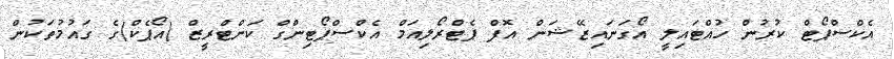
އެކްސްޕޯޓް ކުރުން ހުއްޓައިލީ އޯގަނައިޒޭޝަން އޮފް ޕެޓްރޯލިއަމް އެކްސްޕޯޓިންގް ކަންޓްރީޒް (އޯޕެކް)ގެ ގައުމުތަކުން